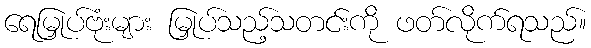
ရေမြှုပ်ဗုံးများ မြှုပ်သည့်သတင်းကို ဖတ်လိုက်ရသည်။